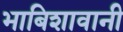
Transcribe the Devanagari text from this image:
भाबिशावानी